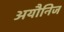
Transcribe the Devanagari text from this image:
अयौनिज